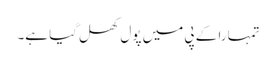
تمہارا کے پی میں پول کھل گیا ہے۔